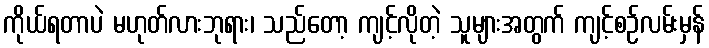
ကိုယ်ရတာပဲ မဟုတ်လားဘုရား၊ သည်တော့ ကျင့်လိုတဲ့ သူများအတွက် ကျင့်စဉ်လမ်းမှန်